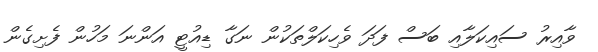
ވާއިރު ސައިކަލާއި ބަސް ފަދަ ވެހިކަލްތަކުން ނަގާ ޑިއުޓީ އަންނަ މަހުން ފެށިގެން